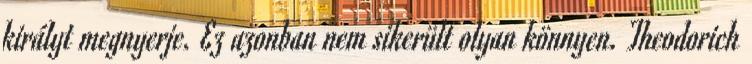
királyt megnyerje. Ez azonban nem sikerült olyan könnyen. Theodorich